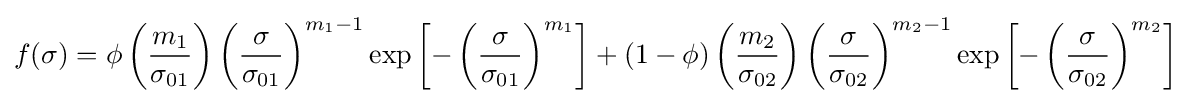
f(\sigma )=\phi \left({\frac {m_{1}}{\sigma _{01}}}\right)\left({\frac {\sigma }{\sigma _{01}}}\right)^{m_{1}-1}\exp \left[-\left({\frac {\sigma }{\sigma _{01}}}\right)^{m_{1}}\right]+(1-\phi )\left({\frac {m_{2}}{\sigma _{02}}}\right)\left({\frac {\sigma }{\sigma _{02}}}\right)^{m_{2}-1}\exp \left[-\left({\frac {\sigma }{\sigma _{02}}}\right)^{m_{2}}\right]